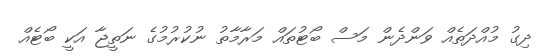
ދިގު މުއްދަތެއް ވަންދެން މަސް ބޯޓުތައް މަރާމާތު ނުކުރުމުގެ ނަތީޖާ އަކީ ބޯޓެއް